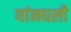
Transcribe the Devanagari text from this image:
यांमधली